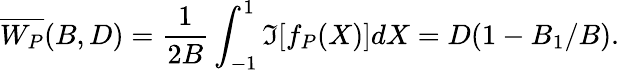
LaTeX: \overline{{W_{P}}}(B,D)=\frac{1}{2B}\int_{-1}^{1}\Im[f_{P}(X)]dX=D(1-B_{1}/B).